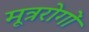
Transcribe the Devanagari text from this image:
मूत्ररोगों